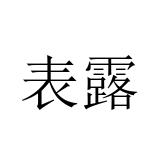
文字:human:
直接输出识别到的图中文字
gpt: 表露